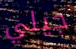
جيلي